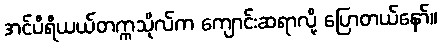
အင်ပီရီယယ်တက္ကသိုလ်က ကျောင်းဆရာလို့ ပြောတယ်နော်။